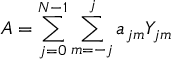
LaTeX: A = \sum _ { j = 0 } ^ { N - 1 } \sum _ { m = - j } ^ { j } a _ { j m } Y _ { j m }